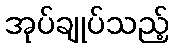
အုပ်ချုပ်သည့်